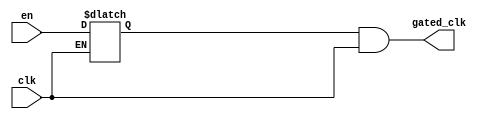

module clock_gating (
		input clk, en,
		output gated_clk);

reg latch_out;

always @ (clk, en)
begin
	if(!clk) latch_out <= en;
end

assign gated_clk = latch_out & clk;


endmodule